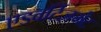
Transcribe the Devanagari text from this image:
एडवर्टिज़मेंट